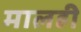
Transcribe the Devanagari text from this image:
मालही